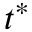
t ^ { * }